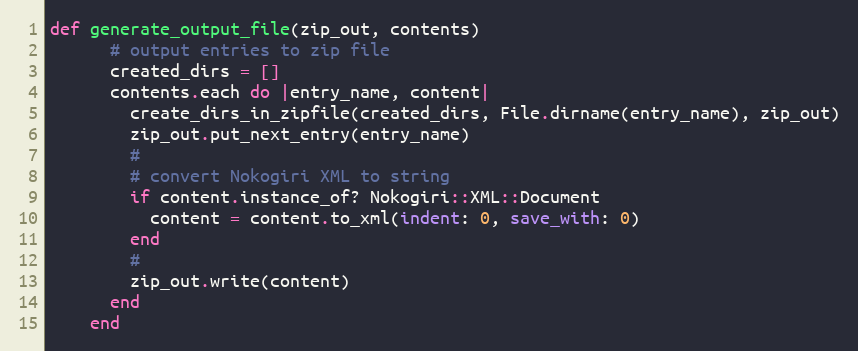
Language: Ruby
def generate_output_file(zip_out, contents)
      # output entries to zip file
      created_dirs = []
      contents.each do |entry_name, content|
        create_dirs_in_zipfile(created_dirs, File.dirname(entry_name), zip_out)
        zip_out.put_next_entry(entry_name)
        #
        # convert Nokogiri XML to string
        if content.instance_of? Nokogiri::XML::Document
          content = content.to_xml(indent: 0, save_with: 0)
        end
        #
        zip_out.write(content)
      end
    end